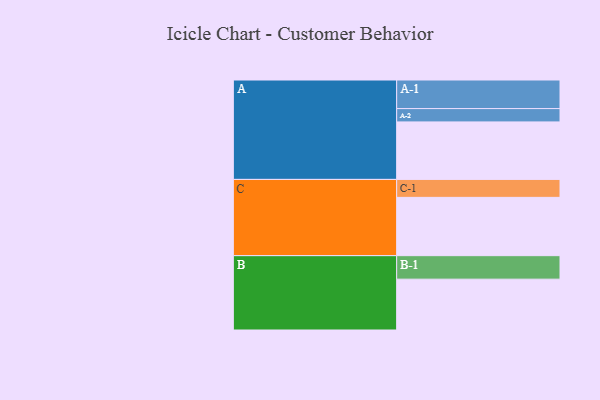
{"axis": {"x": "Segment", "y": "Value"}, "legend": ["", "A", "B", "C"], "data": [{"x": "A", "y": 509, "type": ""}, {"x": "B", "y": 450, "type": ""}, {"x": "C", "y": 516, "type": ""}, {"x": "A-1", "y": 253, "type": "A"}, {"x": "A-2", "y": 118, "type": "A"}, {"x": "B-1", "y": 208, "type": "B"}, {"x": "C-1", "y": 159, "type": "C"}]}